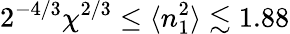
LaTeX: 2^{-4/3}\chi^{2/3}\leq\langle n_{1}^{2}\rangle\lesssim 1.88